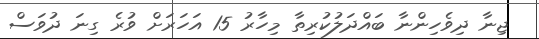
ޖިނާ ދިވެހިންނާ ބައްދަލުކުރިތާ މިހާރު 15 އަހަރަށް ވުރެ ގިނަ ދުވަސް